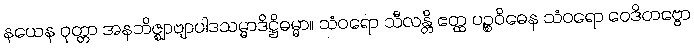
နယေန ဝုတ္တာ အနဘိဇ္ဈာဗျာပါဒသမ္မာဒိဋ္ဌိဓမ္မာ။ သံဝရော သီလန္တိ ဧတ္ထ ပဉ္စဝိဓေန သံဝရော ဝေဒိတဗ္ဗော